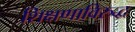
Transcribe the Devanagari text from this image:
शिक्षणाविरुद्ध